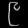
Digit: ၉